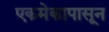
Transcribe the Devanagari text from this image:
एकमेकापासून